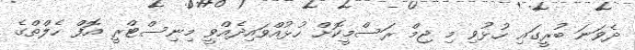
ދެވަނަ ބުރީގައި ހުޅުވި މި ޖިމް ރަސްމީކޮށް ހުޅުއްވައިދެއްވީ މިނިސްޓްރީ އޮފް ހެލްތްގެ